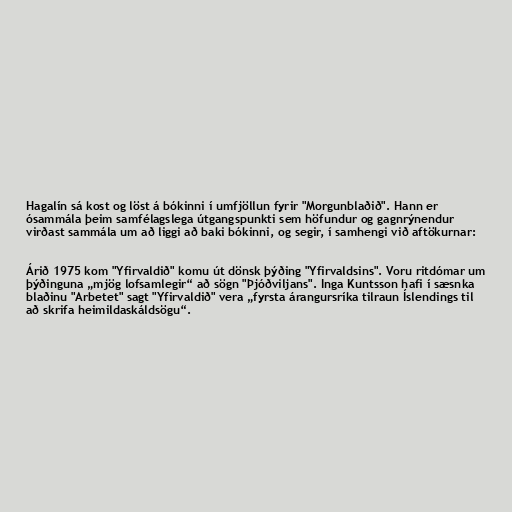
Hagalín sá kost og löst á bókinni í umfjöllun fyrir "Morgunblaðið". Hann er
ósammála þeim samfélagslega útgangspunkti sem höfundur og gagnrýnendur
virðast sammála um að liggi að baki bókinni, og segir, í samhengi við aftökurnar:

Árið 1975 kom "Yfirvaldið" komu út dönsk þýðing "Yfirvaldsins". Voru ritdómar um
þýðinguna „mjög lofsamlegir“ að sögn "Þjóðviljans". Inga Kuntsson hafi í sæsnka
blaðinu "Arbetet" sagt "Yfirvaldið" vera „fyrsta árangursríka tilraun Íslendings til
að skrifa heimildaskáldsögu“.